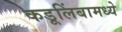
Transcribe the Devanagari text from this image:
कडूलिंबामध्ये